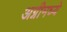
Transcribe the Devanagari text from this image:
अग्नीमध्ये